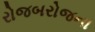
રોજબરોજના